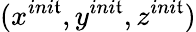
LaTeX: (x^{ini\mathfrak{t}},y^{ini\mathfrak{t}},z^{ini\mathfrak{t}})